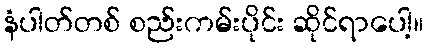
နံပါတ်တစ် စည်းကမ်းပိုင်း ဆိုင်ရာပေါ့။